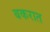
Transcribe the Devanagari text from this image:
बकरात